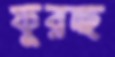
ফুরচ্ছ